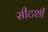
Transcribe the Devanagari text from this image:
सीटशी